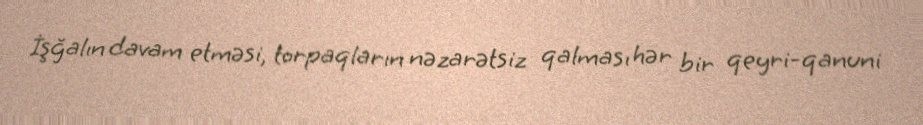
İşğalın davam etməsi, torpaqların nəzarətsiz qalması hər bir qeyri-qanuni